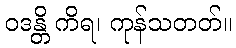
ဝဒန္တိ ကိရ၊ ကုန်သတတ်။